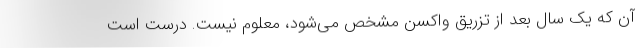
آن که یک سال بعد از تزریق واکسن مشخص می‌شود، معلوم نیست. درست است